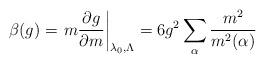
LaTeX: \begin{align*}\beta (g)=\left. m\frac{\partial g}{\partial m}\right| _{\lambda_{0},\Lambda }=6g^{2}\sum_{\alpha }\frac{m^{2}}{m^{2}(\alpha )}\end{align*}